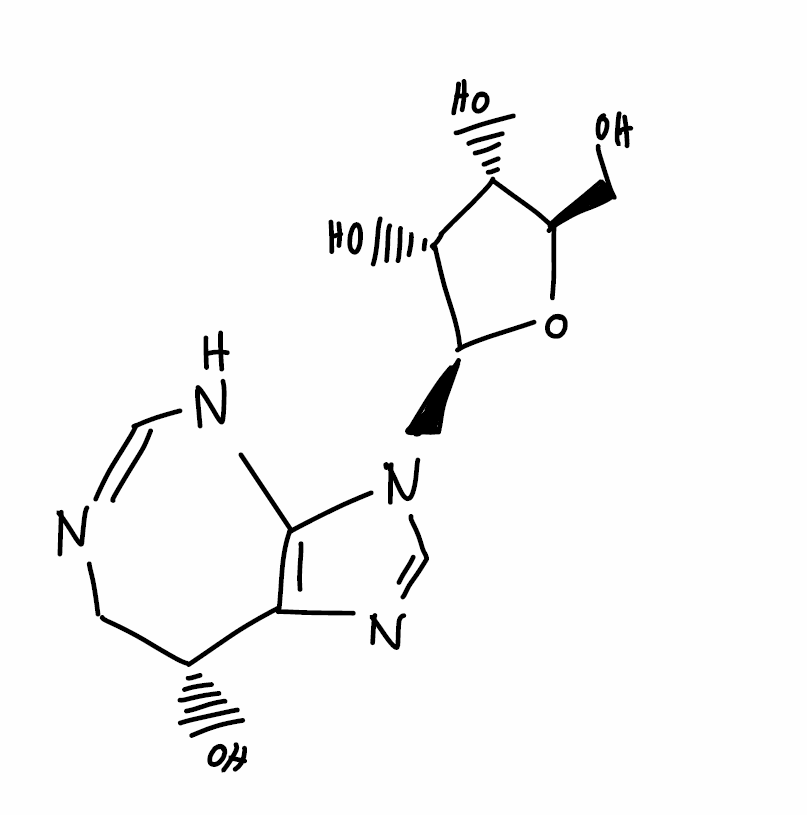
Simplified molecular-input line-entry system (SMILES) notation of the given molecule:
C1[C@H](C2=C(NC=N1)N(C=N2)[C@H]3[C@@H]([C@@H]([C@H](O3)CO)O)O)O